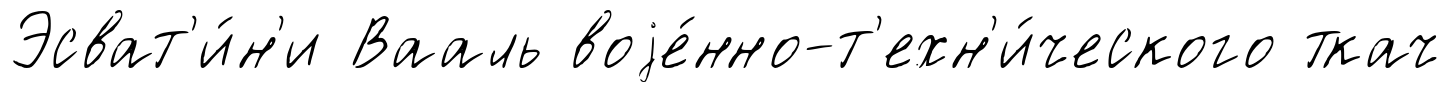
Эсват'и́н'и Вааль воjе́нно-т'ехн'и́ческого ткач